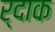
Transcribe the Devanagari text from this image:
र्दाक